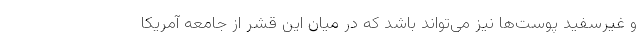
و غیرسفید پوست‌ها نیز می‌تواند باشد که در میان این قشر از جامعه آمریکا